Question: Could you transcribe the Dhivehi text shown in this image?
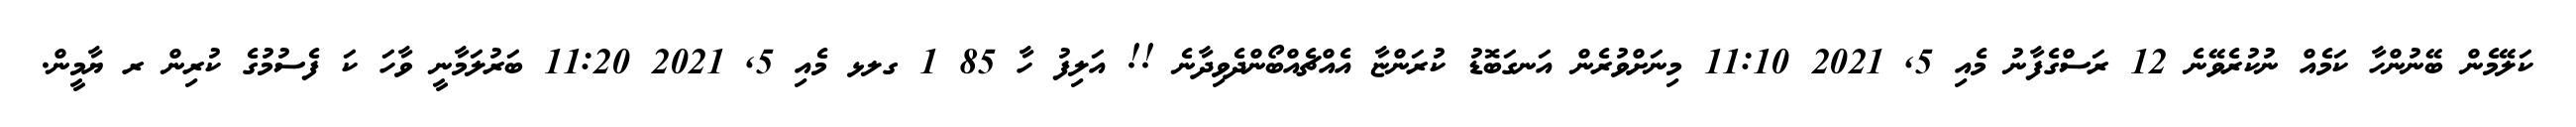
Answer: ކަލޭމެން ބޭނުންހާ ކަމެއް ނުކުރެވޭނެ 12 ރަސްގެފާނު މެއި 5, 2021 11:10 މިނަށްވުރެން އަނގަބޮޑު ކުރަންޏާ އެއްޗެއްބޯންދެވިދާނެ !! އަލިފު ހާ 85 1 ގލޅ މެއި 5, 2021 11:20 ބަރުލަމާނީ ވާހަ ކަ ފެސުމުގެ ކުރިން ރ ޔާމީން.